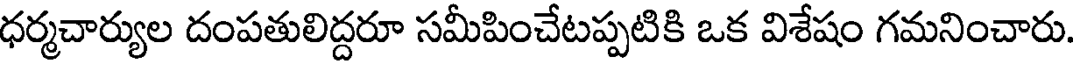
ధర్మచార్యుల దంపతులిద్దరూ సమీపించేటప్పటికి ఒక విశేషం గమనించారు.